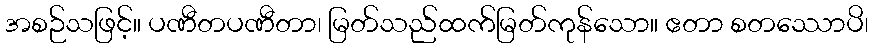
အစဉ်သဖြင့်။ ပဏီတပဏီတာ၊ မြတ်သည်ထက်မြတ်ကုန်သော။ ဧတာ စတဿောပိ၊